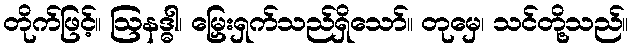
တိုက်ဖြင့်။ ဩနဒ္ဓါ၊ မြှေးရှက်သည်ရှိသော်။ တုမှေ၊ သင်တို့သည်။